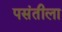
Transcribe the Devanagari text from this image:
पसंतीला